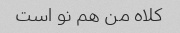
کلاه من هم نو است